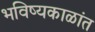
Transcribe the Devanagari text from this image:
भविष्यकाळांत